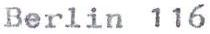
Berlin 116